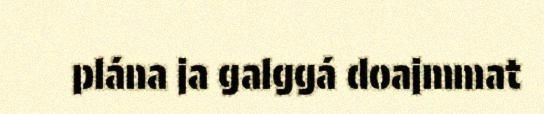
plána ja galggá doajmmat